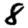
Digit: 8